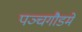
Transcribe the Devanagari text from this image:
पञ्चगौडमे